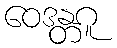
ဝေဒန္တဂူ